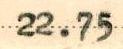
22.75